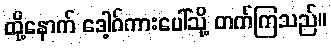
ထို့နောက် ဒေါ့ဂ်ကားပေါ်သို့ တက်ကြသည်။